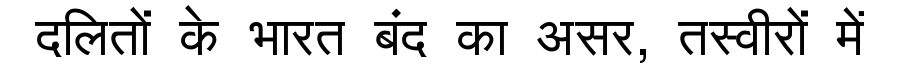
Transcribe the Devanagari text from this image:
दलितों के भारत बंद का असर, तस्वीरों में